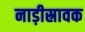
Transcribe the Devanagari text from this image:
नाड़ीस्रावक